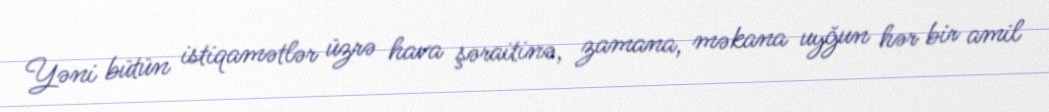
Yəni bütün istiqamətlər üzrə hava şəraitinə, zamana, məkana uyğun hər bir amil